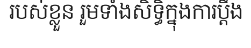
របស់ខ្លួន រួមទាំងសិទ្ធិក្នុងការប្តឹង